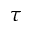
\tau